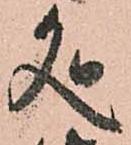
処